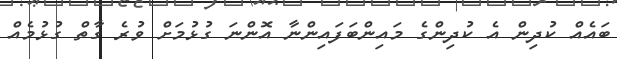
ބައެއް ކުދިން އެ ކުދިންގެ މައިންބަފައިންނާ އޮންނަ ގުޅުމަށް ވުރެ ގާތް ގުޅުމެއް